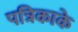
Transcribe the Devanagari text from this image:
पत्रिकाके